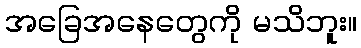
အခြေအနေတွေကို မသိဘူး။